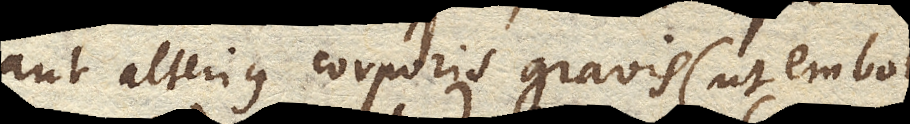
aut alterius corporis gravis (ut emboli